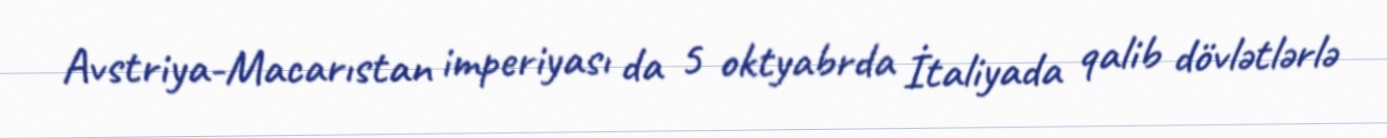
Avstriya-Macarıstan imperiyası da 5 oktyabrda İtaliyada qalib dövlətlərlə